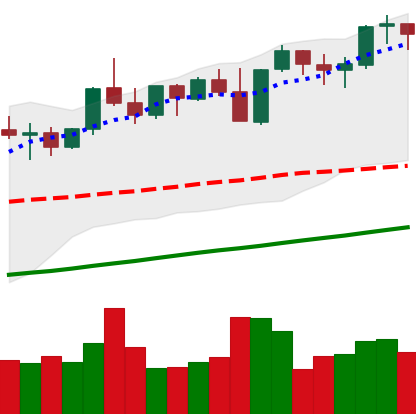
Ticker: ETH-USD
Chart end date: 2021-11-04
Forward return: 4.358%
Label: up_3_5